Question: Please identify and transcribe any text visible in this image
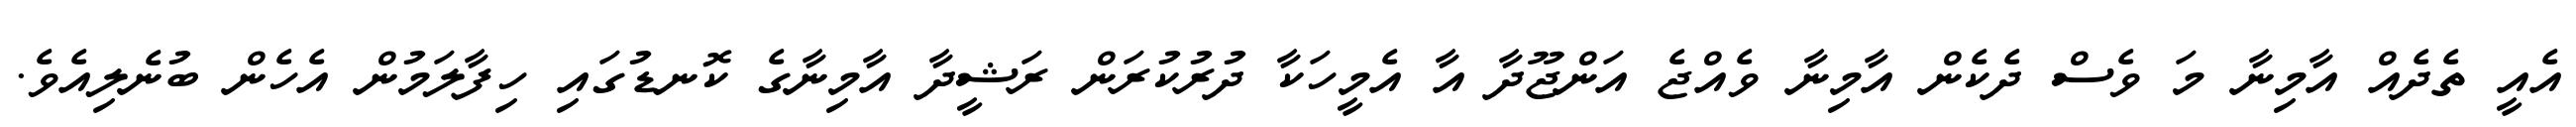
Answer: އެއީ ތެދެއް އާމިނާ މަ ވެސް ދެކެން އާމިނާ ވެއްޖެ އަންޖޫދާ އާ އެމީހަކާ ދުރުކުރަން ރަޝީދާ އާމިނާގެ ކޮނޑުގައި ހިފާލަމުން އެހެން ބުނެލިއެވެ.